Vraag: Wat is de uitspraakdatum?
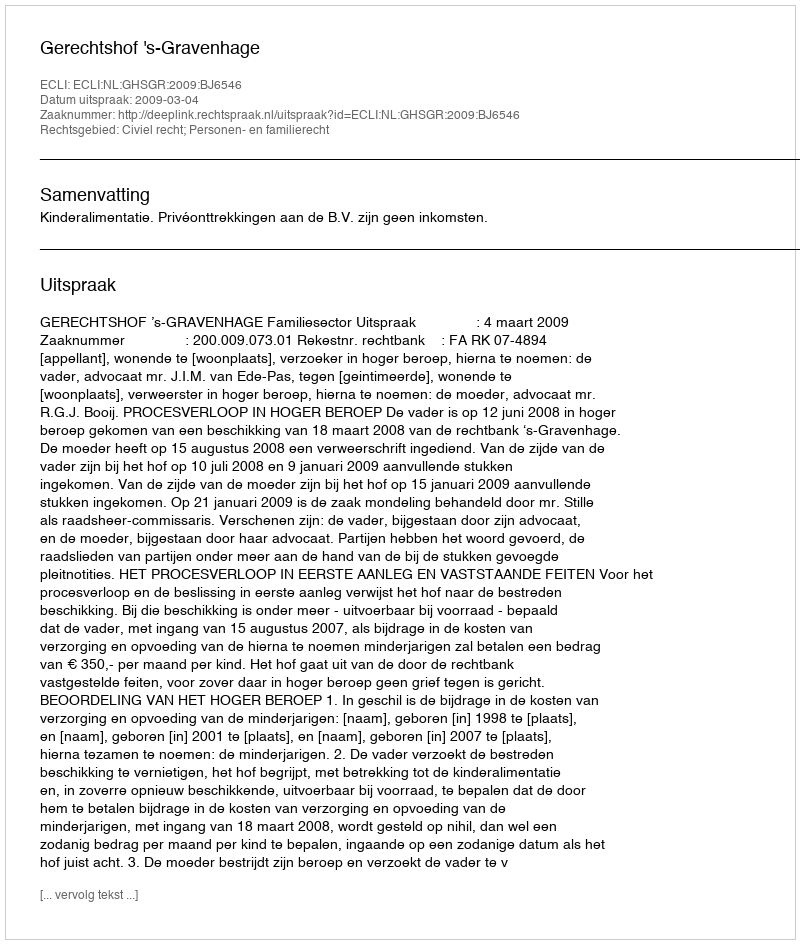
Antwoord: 2009-03-04